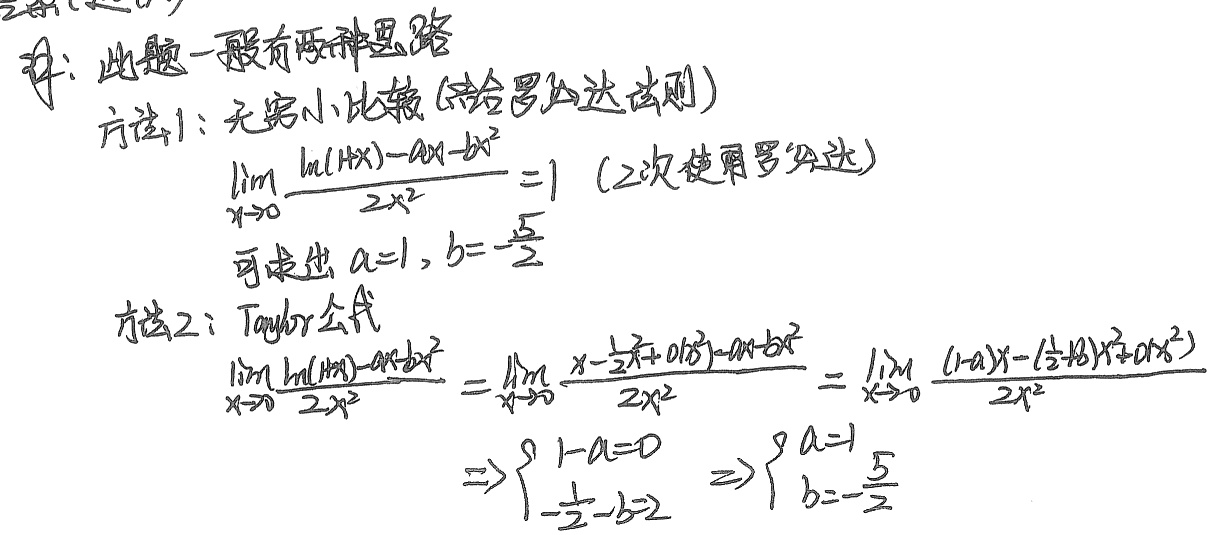
解：此题一般有两种思路。
方法1：无穷小比较(结合罗必达法则)
\[
\begin{align*}
&\lim_{x \to 0}\frac{\ln(1 + x)-ax - bx^{2}}{2x^{2}} = 1\quad(2次使用罗必达)\\
&可求出 a = 1,b=-\frac{5}{2}
\end{align*}
\]
方法2：Taylor公式
\[
\begin{align*}
&\lim_{x \to 0}\frac{\ln(1 + x)-ax - bx^{2}}{2x^{2}}=\lim_{x \to 0}\frac{x-\frac{1}{2}x^{2}+o(x^{2})-ax - bx^{2}}{2x^{2}}=\lim_{x \to 0}\frac{(1 - a)x-(\frac{1}{2}+b)x^{2}+o(x^{2})}{2x^{2}}\\
&\Rightarrow\begin{cases}1 - a = 0\\-\frac{1}{2}-b = 2\end{cases}\Rightarrow\begin{cases}a = 1\\b=-\frac{5}{2}\end{cases}
\end{align*}
\]